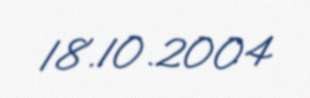
18.10.2004